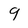
Character: 9